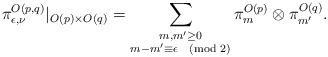
LaTeX: \begin{align*} \pi_{\epsilon,\nu}^{O(p,q)}|_{O(p)\times O(q)} = \sum_{\substack{m,m' \ge 0\\ m-m' \equiv \epsilon \pmod{2}}} \pi^{O(p)}_m \otimes \pi^{O(q)}_{m'}.\end{align*}